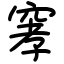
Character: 窙